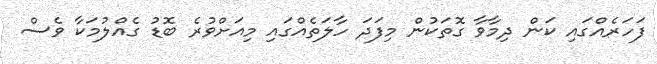
ފަހަރެއްގައި ކަން ދިމާވާ ގޮތަކުން މިފަދަ ހާލަތެއްގައި މިއަށްވުރެ ބޮޑު ގެއްލުމަކާ ވެސް